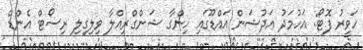
ހަވީރު ފޮޓޯ: އަހުމަދު އަދުޝަން އައްޑޫގައި ހިންގާ ޝަންގްރިއްލާ ވިލިގިލި ރިސޯޓް އެންޑް